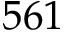
5 6 1